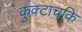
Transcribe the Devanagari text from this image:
कुक्टाचकि